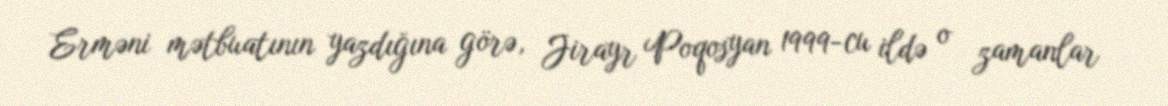
Erməni mətbuatının yazdığına görə, Jirayr Poqosyan 1999-cu ildə o zamanlar